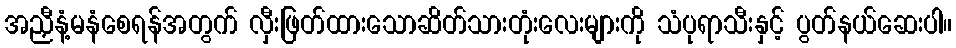
အညှီနံ့မနံစေရန်အတွက် လှီးဖြတ်ထားသောဆိတ်သားတုံးလေးများကို သံပုရာသီးနှင့် ပွတ်နယ်ဆေးပါ။